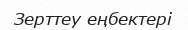
Зерттеу еңбектері